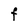
Character: F